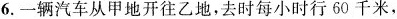
6. 一辆汽车从甲地开往乙地，去时每小时行60千米，